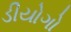
ડીયોગો